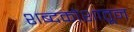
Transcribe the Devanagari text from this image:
शब्दकोशातून